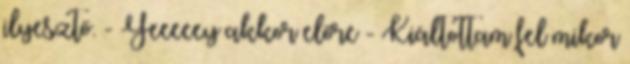
ilyesztő. - Yeeeeey akkor előre - Kiáltottam fel mikor